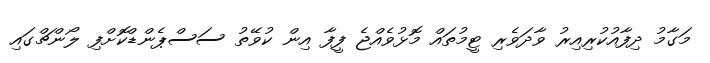
މަގާމު ދިފާއުކުރިއިރު ވާދަވެރި ޓީމުތައް މޮޅުވެއްޖެ ފީފާ އިން ކުވޭތު ސަސްޕެންޑްކޮށްފި ލޯންޗްގައި